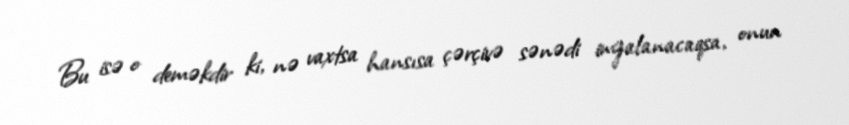
Bu isə o deməkdir ki, nə vaxtsa hansısa çərçivə sənədi imzalanacaqsa, onun